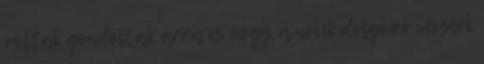
voltak gondoltak arra is hogy a nekik dolgozó moslék